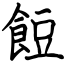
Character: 餖